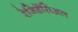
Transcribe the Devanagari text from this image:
रेजिडेंसिअल